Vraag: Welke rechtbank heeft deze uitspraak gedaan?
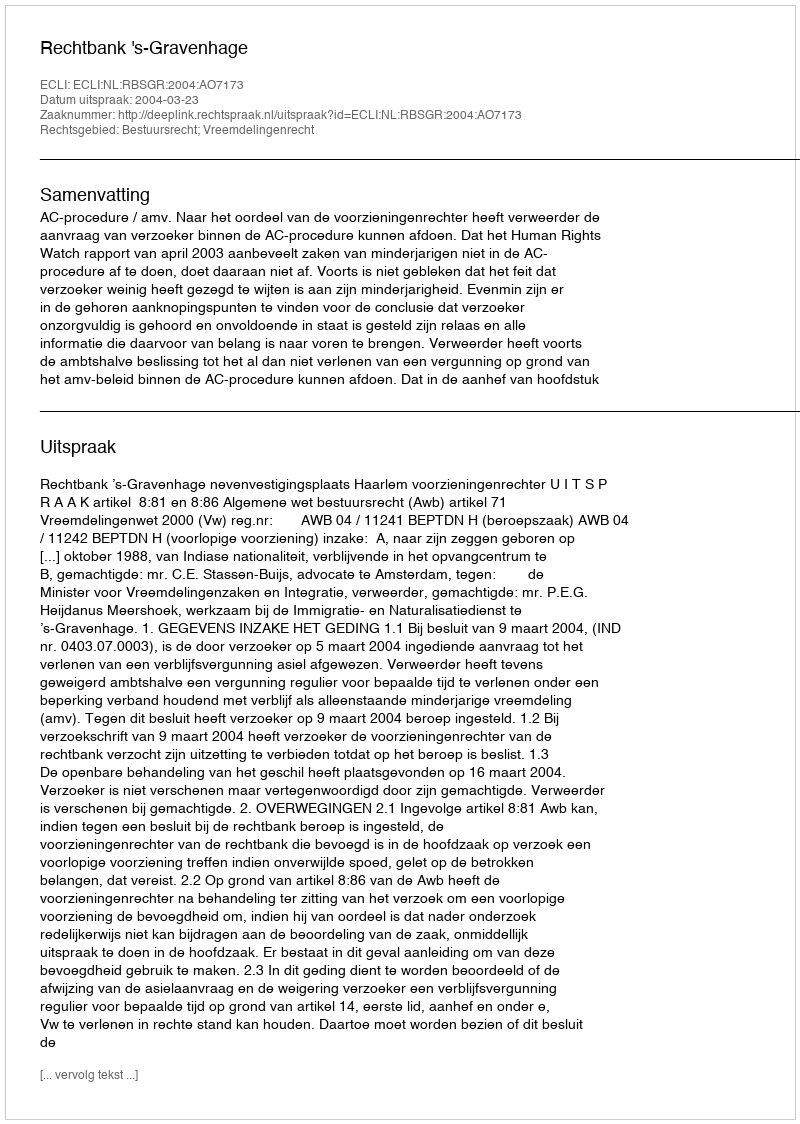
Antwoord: Rechtbank 's-Gravenhage